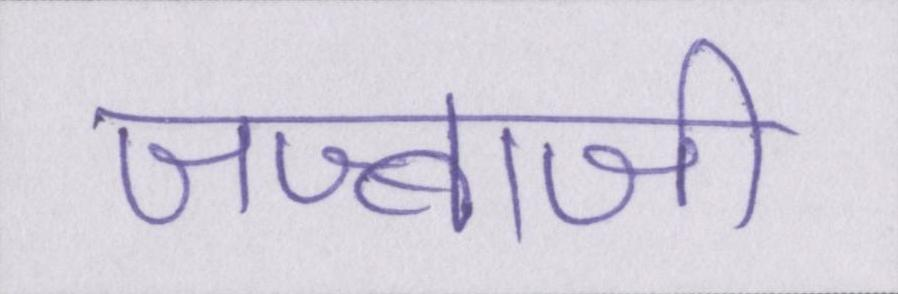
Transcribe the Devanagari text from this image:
जज्बाजी